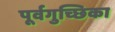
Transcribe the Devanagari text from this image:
पूर्वगुच्छिका